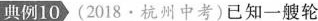
典例10(2018·杭州中考)已知一艘轮